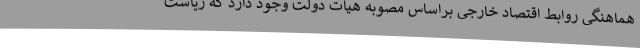
هماهنگی روابط اقتصاد خارجی براساس مصوبه هیات دولت وجود دارد که ریاست